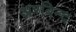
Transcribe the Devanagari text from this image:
अरबिन्द